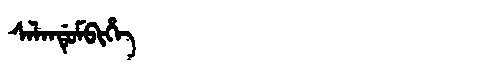
Manchu: ᠰᠠᠯᠠᠨᡩᡠᠮᠪᡳᡥᡝ
Romanization: SALANDUMBIHE